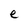
Character: e